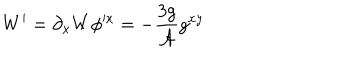
LaTeX: W ^ { \prime } = \partial _ { x } W \phi ^ { \prime x } = - \frac { 3 g } { \mathcal { A } } g ^ { x y }